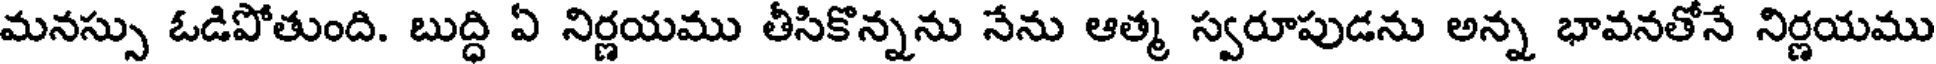
మనస్సు ఓడిపోతుంది. బుద్ధి ఏ నిర్ణయము తీసికొన్నను నేను ఆత్మ స్వరూపుడను అన్న భావనతోనే నిర్ణయము